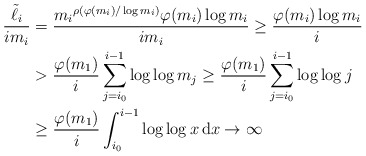
\begin{align*}\frac{\tilde \ell_i}{i m_i} &= \frac{ {m_i}^{\rho(\varphi(m_i)/\log m_i)} \varphi(m_i) \log m_i}{i m_i}\ge \frac{\varphi(m_i) \log m_i}{i} \\&> \frac{\varphi(m_1)}{i} \sum_{j=i_0}^{i-1} \log \log m_j \ge \frac{\varphi(m_1)}{i} \sum_{j=i_0}^{i-1} \log \log j \\&\ge \frac{\varphi(m_1)}{i} \int_{i_0}^{i-1} \log \log x \, \mathrm{d}x \to \infty\end{align*}